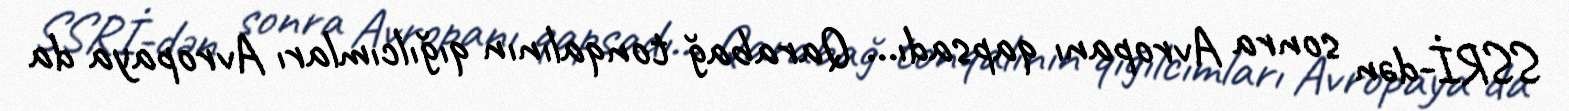
SSRİ-dən sonra Avropanı qapsadı... Qarabağ tonqalının qığılcımları Avropaya da